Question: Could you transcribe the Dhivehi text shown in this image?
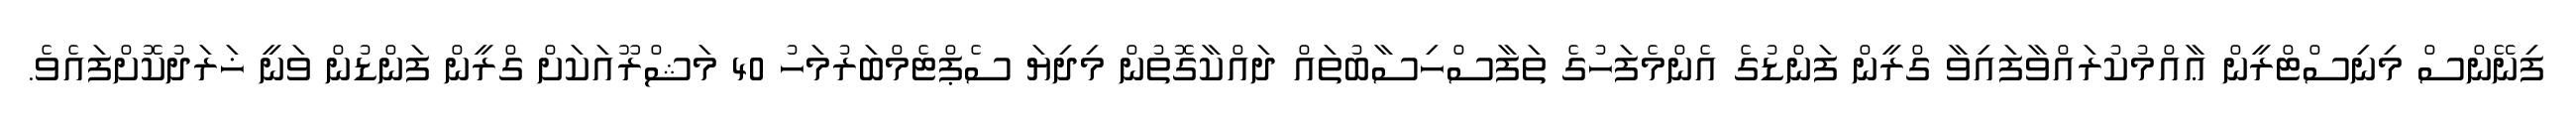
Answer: ފިނޭންސް މިނިސްޓްރީން ޢާއްމުކުރައްވާފައިވާ ގްރީން ފަންޑުގެ އެންމެފަހުގެ ތަފާސްހިސާބުތައް ދައްކާގޮތުން މިދިޔަ ސެޕްޓެމްބަރުމަހު 40 މަޝްރޫއަކަށް ގްރީން ފަންޑުން ވަނީ ޚަރަދުކޮށްފައެވެ.